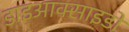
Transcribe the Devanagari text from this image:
डाइआक्साइडों